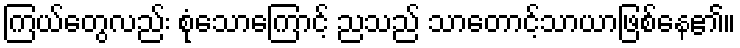
ကြယ်တွေလည်း စုံသောကြောင့် ညသည် သာတောင့်သာယာဖြစ်နေ၏။